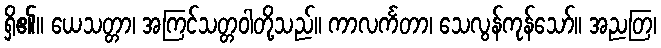
ရှိ၏။ ယေသတ္တာ၊ အကြင်သတ္တဝါတို့သည်။ ကာလင်္ကတာ၊ သေလွန်ကုန်သော်။ အညတြ၊